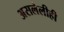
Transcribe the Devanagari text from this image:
असलेलीही